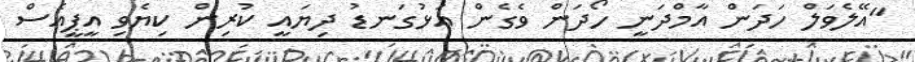
"އޭލެވަލް ހަދަން އާމްދަނީ ހޯދަން ވެގެން އަޅުގަނޑު ދިޔައީ ކުރިން ކިޔެވި އީޕީއެސް